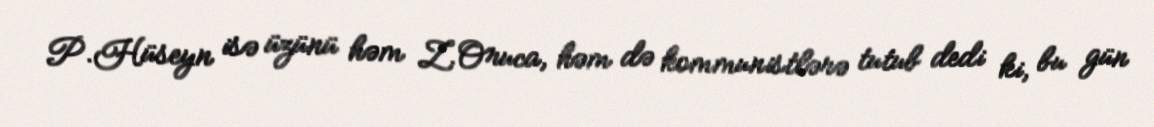
P.Hüseyn isə üzünü həm Z.Oruca, həm də kommunistlərə tutub dedi ki, bu gün